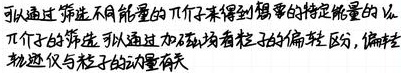
可以通过筛选不同能量的 $\pi$ 介子来得到需要的特定能量的 $\nu_{\mu}$。$\pi$ 介子的筛选可以通过加磁场看粒子的偏转半径，偏转轨迹仅与粒子的动量有关。